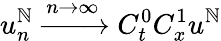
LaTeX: u_{n}^{\mathbb{N}}\xrightarrow{{n\rightarrow\infty}}{{C_{t}^{0}C_{x}^{1}}}u^{\mathbb{N}}